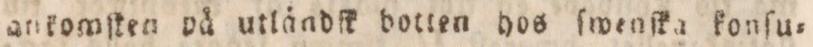
atikomſken på utländſk botten hos ſwenſka konſu=